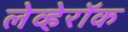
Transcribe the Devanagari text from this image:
लेव्हेरॉक